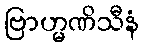
ဗြာဟ္မဏိသီနံ